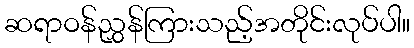
ဆရာဝန်ညွှန်ကြားသည့်အတိုင်းလုပ်ပါ။